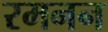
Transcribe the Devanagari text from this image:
रमनन